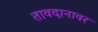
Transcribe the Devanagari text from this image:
तावदानावर